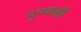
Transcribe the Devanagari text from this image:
पुरबाश्री